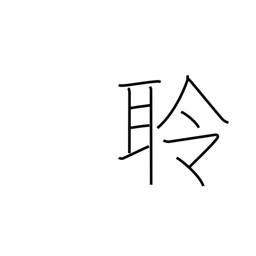
Meaning: realizing